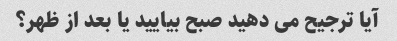
آیا ترجیح می دهید صبح بیایید یا بعد از ظهر؟